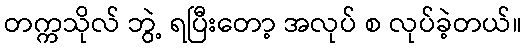
တက္ကသိုလ် ဘွဲ့ ရပြီးတော့ အလုပ် စ လုပ်ခဲ့တယ်။